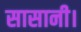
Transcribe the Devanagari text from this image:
सासानी।